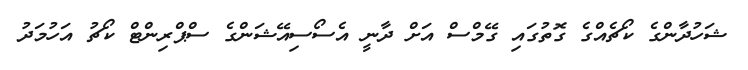
ޝަހުދާންގެ ކޯޗެއްގެ ގޮތުގައި ގޭމްސް އަށް ދާނީ އެސޯސިއޭޝަންގެ ސްޕްރިންޓް ކޯޗު އަހުމަދު